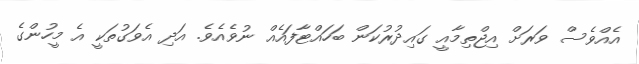
އެއްވެސް ވަރަށް އިޖްތިމާއީ ގައިދުރުކަން ބަހައްޓާފައެއް ނުވެއެވެ. އަދި އެވަގުތަކީ އެ މީހުންގެ